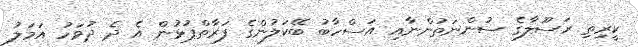
ކީރިތި ރަސޫލާގެ ސުންނަތުންނާއި އަސްހާބު ބޭކަލުންގެ ފަރާތްޕުޅުން އެ ދެ ދުވަހު އަމަލު